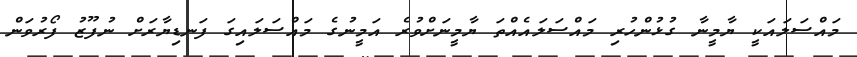
މައްސަލައަކީ ޔާމީނާ ގުޅުންހުރި މައްސަލައެއްތަ ޔާމީނަށްވުރެ އަމީނުގެ މައްސަލައިގަ ފަނޑިޔާރަށް ނުފޫޒު ފޯރުވަން